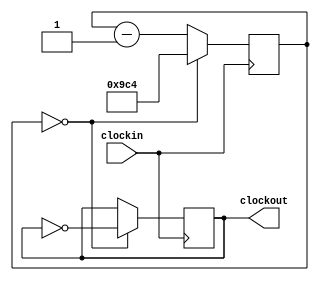
module div_5000(
		clockout,
		clockin
		);
		
		input clockin;
		output reg clockout;

		parameter BIT_SZ = 16;
		reg [BIT_SZ-1:0] count;
	initial clockout = 1'b0;
	initial count = 16'd2500;
	
	always @ (posedge clockin) 
		if (count == 1'b0) begin
			clockout <= ~clockout;
			count <= 16'd2500;
		end
		else begin
			count <= count - 1'b1;
		end
	
			
endmodule